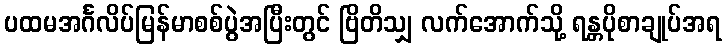
ပထမအင်္ဂလိပ်မြန်မာစစ်ပွဲအပြီးတွင် ဗြိတိသျှ လက်အောက်သို့ ရန္တပိုစာချုပ်အရ